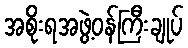
အစိုးရအဖွဲ့ဝန်ကြီးချုပ်